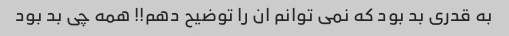
به قدرى بد بود که نمى توانم ان را توضیح دهم!! همه چى بد بود